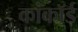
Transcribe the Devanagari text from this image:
कांकॉर्ड